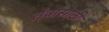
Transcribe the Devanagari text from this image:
तंत्रासाठी